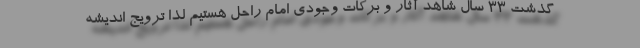
گذشت ۳۳ سال شاهد آثار و برکات وجودی امام راحل هستیم لذا ترویج اندیشه